Report on the cholera epidemic of
Year: 1868
Disease focus: Cholera
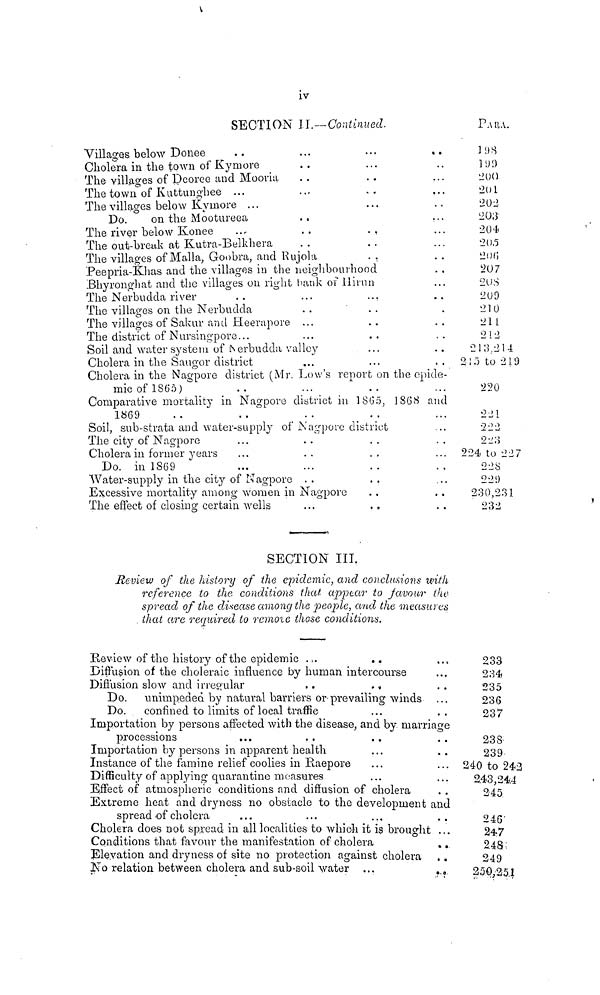
iv
SECTION II.—Continued.
Villages below Donee ..
Cholera in the town of Kymore
The villages of Dcoree and Mooria
The town of Kuttunghee ...
The villages below Kymore ...
Do.
on the Mootureea
The river below Konee ...
The out-break at Kutra-Belkhera
...
..
..
...
..
..
..
The villages of Malla, Goobra, and Rujola
...
...
..
..
...
..
..
..
..
Peepria-Khas and the villages in the neighbourhood
Bhyronghat and the villages on right bank of Hirun
The Nerbudda river ..
The villages on the Nerbudda
The villages of Sakur and Heerapore
The district of Nursingpore...
...
..
...
...
Soil and water system of Nerbudda. vallcy
Cholera in the Saugor district
• ••
...
..
...
..
...
...
..
..
...
...
..
...
...
...
..
..
...
..
.
..
..
..
..
Cholera in the Nagpore district (Mr. Low's report on the epide-
mic of 1865) ..
...
..
...
Comparative mortality in Nagpore district in 1865, 1868 and
1869 .. ..
..
..
Soil, sub-strata and water-supply of Nagpore district
The city of Nagpore ...
Cholera in former years ...
Do. in 1869 ...
Water-supply in the city of Nagpore
..
..
...
..
Excessive mortality among women in Nagpore
The effect of closing certain wells
...
..
..
..
..
..
..
...
...
..
..
..
...
..
..
PARA.
198
199
200
201
202
203
204
205
206
207
208
209
210
211
212
213,214
215 to 219
220
221
222
223
224 to 227
228
229
230,231
232
SECTION III.
Review of the history of the epidemic, and conclusions with
reference to the conditions that, appear to favour the
spread of the disease among the people, and the measures
that are required to remote those conditions.
Review of the history of the epidemic ...
...
Diffusion of the choleraic influence by human intercourse
Diffusion slow and irregular ..
..
Do. unimpeded by natural barriers or prevailing winds
Do. confined to limits of local traffic
...
...
...
..
...
..
Importation by persons affected with the disease, and by marriage
processions
... ...
Importation by persons in apparent health
Instance of the famine relief coolies in Raepore
Difficulty of applying quarantine measures
..
...
...
...
Effect of atmospheric conditions and diffusion of cholera
..
..
...
...
Extreme heat and dryness no obstacle to the development and
spread of cholera ... ...
...
Cholera does not spread in all localities to which it is brought
Conditions that favour the manifestation of cholera
Elevation and dryness of site no protection against cholera
No relation between cholera and sub-soil water ...
..
...
...
..
..
233
234
235
236
237 237
238
239
240 to 242
2.43,244
245
246
247
248
249
250,251